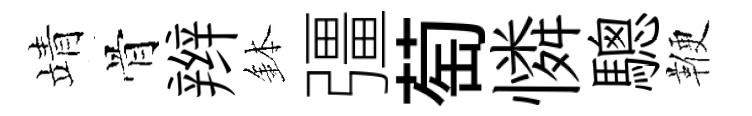
靖骨辫鉢彊萄憐驄鞭